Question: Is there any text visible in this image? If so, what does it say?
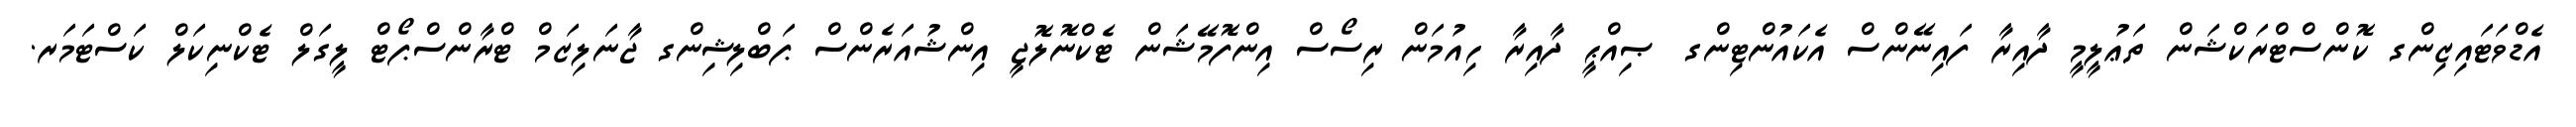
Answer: އެޑްވަޓައިޒިންގ ކޮންސްޓްރަކްޝަން ތަޢުލީމީ ދާއިރާ ފައިނޭންސް އެކައުންޓިންގ ޞިއްޙީ ދާއިރާ ހިއުމަން ރިސޯސް އިންފޮމޭޝަން ޓެކްނޮލޮޖީ އިންޝުއަރެންސް ޕަބްލިޝިންގ ޖާނަލިޒަމް ޓްރާންސްޕޯޓް ލީގަލް ޓެކްނިކަލް ކަސްޓަމަރ.